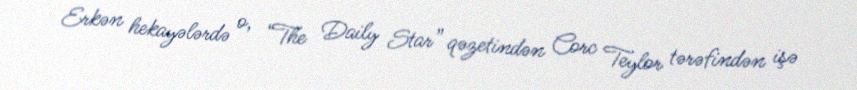
Erkən hekayələrdə o, “The Daily Star” qəzetindən Corc Teylor tərəfindən işə